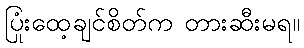
ပြုံးထေ့ချင်စိတ်က တားဆီးမရ။